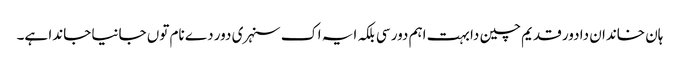
ہان خاندان دا دور قدیم چین دا بہت اہم دور سی بلکہ ایہ اک سنہری دور دے نام توں جانیا جاندا ہے۔